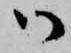
御